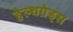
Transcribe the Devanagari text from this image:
हेल्थग्रेड्स